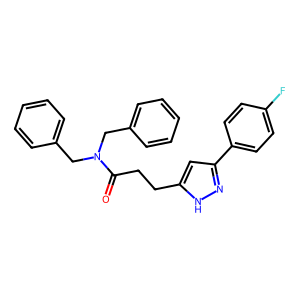
SMILES: O=C(CCc1cc(-c2ccc(F)cc2)n[nH]1)N(Cc1ccccc1)Cc1ccccc1
Inhibits HIV replication: No